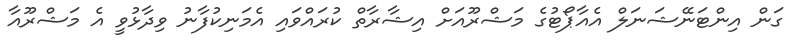
ގަން އިންޓަނޭޝަނަލް އެއާޕޯޓުގެ މަޝްރޫއަށް އިޝާރާތް ކުރައްވައި އެމަނިކުފާނު ވިދާޅުވީ އެ މަޝްރޫއާ